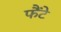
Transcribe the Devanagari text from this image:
फैंटे